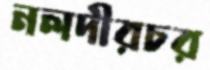
নলদীরচর